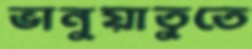
ভানুয়াতুতে